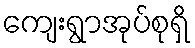
ကျေးရွာအုပ်စုရှိ